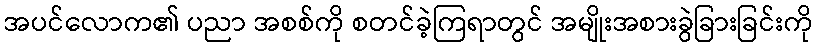
အပင်လောက၏ ပညာ အစစ်ကို စတင်ခဲ့ကြရာတွင် အမျိုးအစားခွဲခြားခြင်းကို